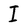
Character: I